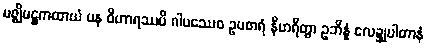
မဇ္ဈိမဋ္ဌကထာယံ ပန ဝိဟာရဿပိ ဂါမဿေဝ ဥပစာရံ နီဟရိတွာ ဥဘိန္နံ လေဍ္ဍုပါတာနံ